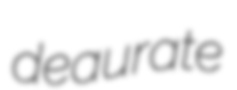
deaurate